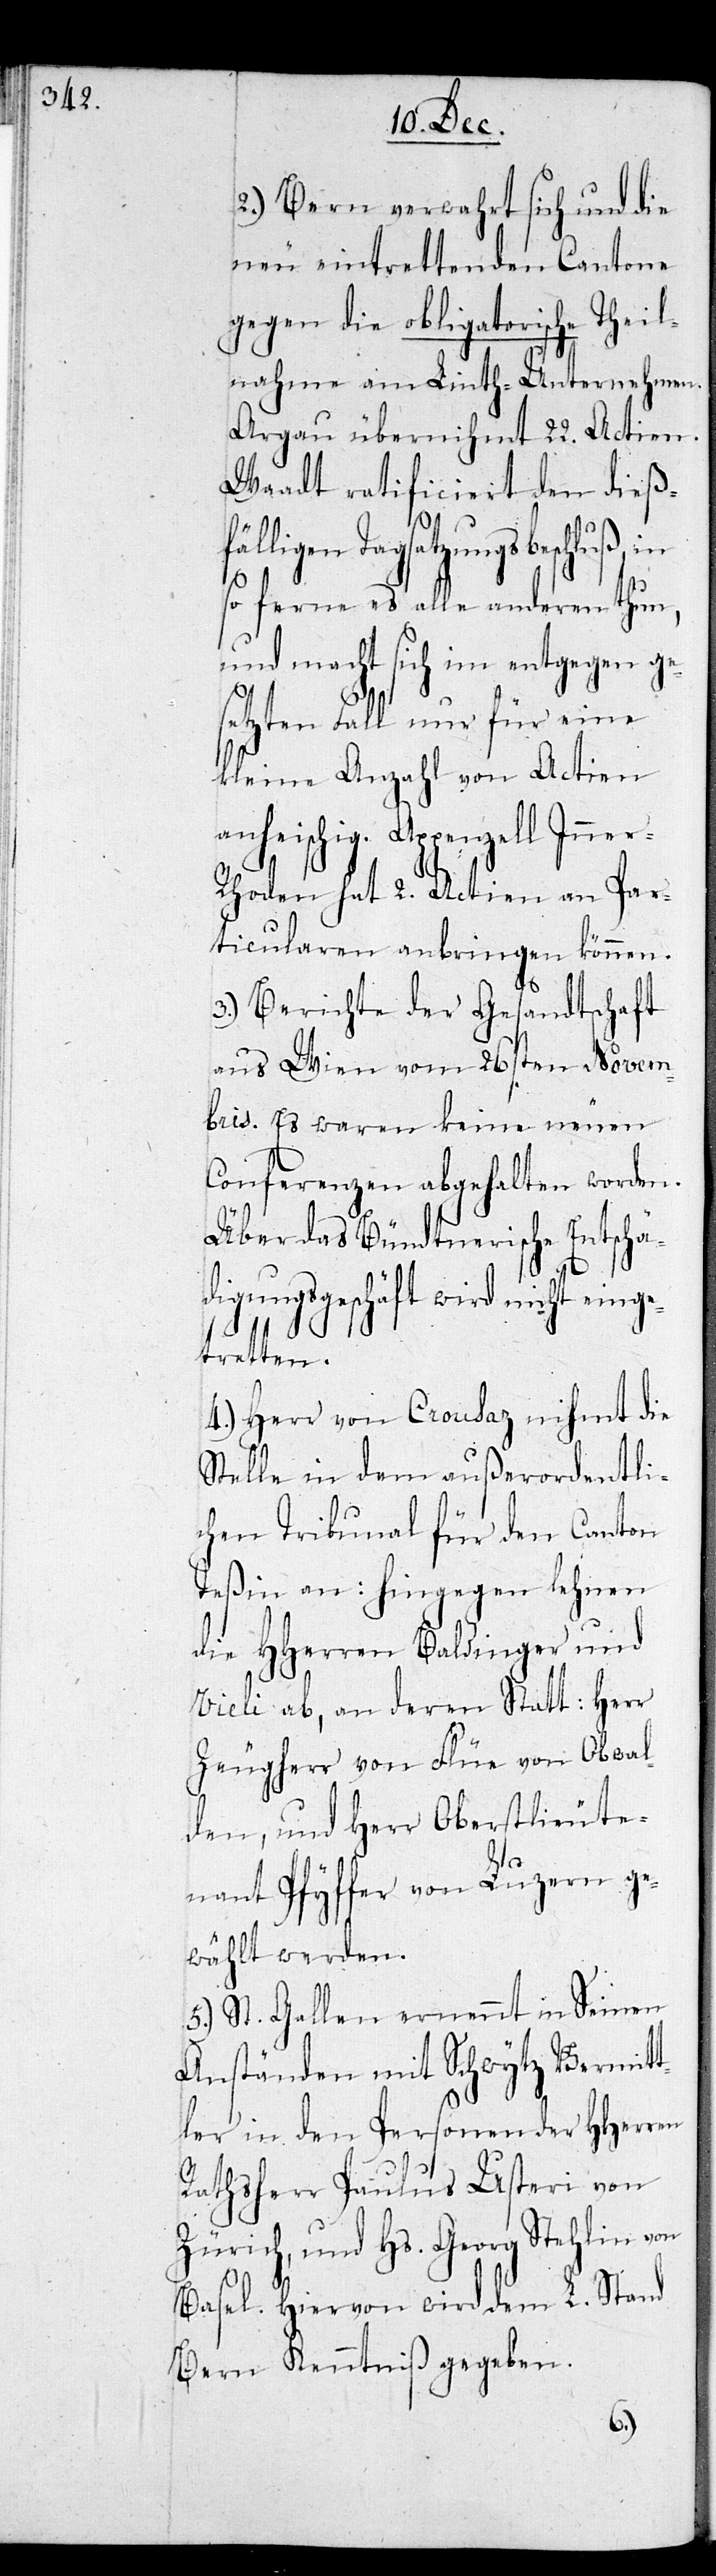
2.) Bern verwahrt sich und die
neu eintrettenden Cantone
gegen die obligatorische Theil¬
nahme am Linth-Unternehmen.
Aargau übernihmt 22. Actien.
Waadt ratificiert den dießf¬
älligen Tagsatzungsbeschluß,
so ferne es alle anderen thun,
und macht sich im entgegen ge¬
setzten Fall nur für eine
kleine Anzahl von Actien
anheischig. Appenzell Inne¬
r-Rhoden hat 2. Actien an Par¬
ticularen anbringen können.
3.) Berichte der Gesandtschaft
aus Wien vom 26sten Novem¬
bris. Es waren keine neuen
Conferenzen abgehalten worden.
Über das Bündtnerische Entschä¬
digungsgeschäft wird nicht einge¬
tretten.
4.) Herr von Crousaz nihmt die
Stelle in dem außerordentli¬
chen Tribunal für den Canton
Teßin an: Hingegen lehnen
die HHerren Baldinger und
Vieli ab, an deren Statt: Herr
Zeugherr von Flüe von Obwal¬
den, und Herr Oberstlieute¬
nant Pfyffer von Luzern ge¬
wählt werden.
5.) St. Gallen ernennt in seinen
Anständen mit Schwytz Vermit¬
tler in den Personen der HHerren
Rathsherr Paulus Usteri von
Zürich, und Hs. Georg Stehlin von
Basel. Hiervon wird dem L. Stand
Bern Kenntniß gegeben.